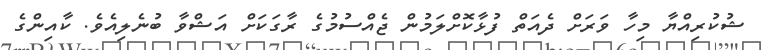
ޝުކުރިއްޔާ މިހާ ވަރަށް ދެއަތް ފުޅާކޮށްލަމުން ޖެއްސުމުގެ ރާގަކަށް އަޝްވާ ބުނެލިއެވެ. ކާއިންގެ